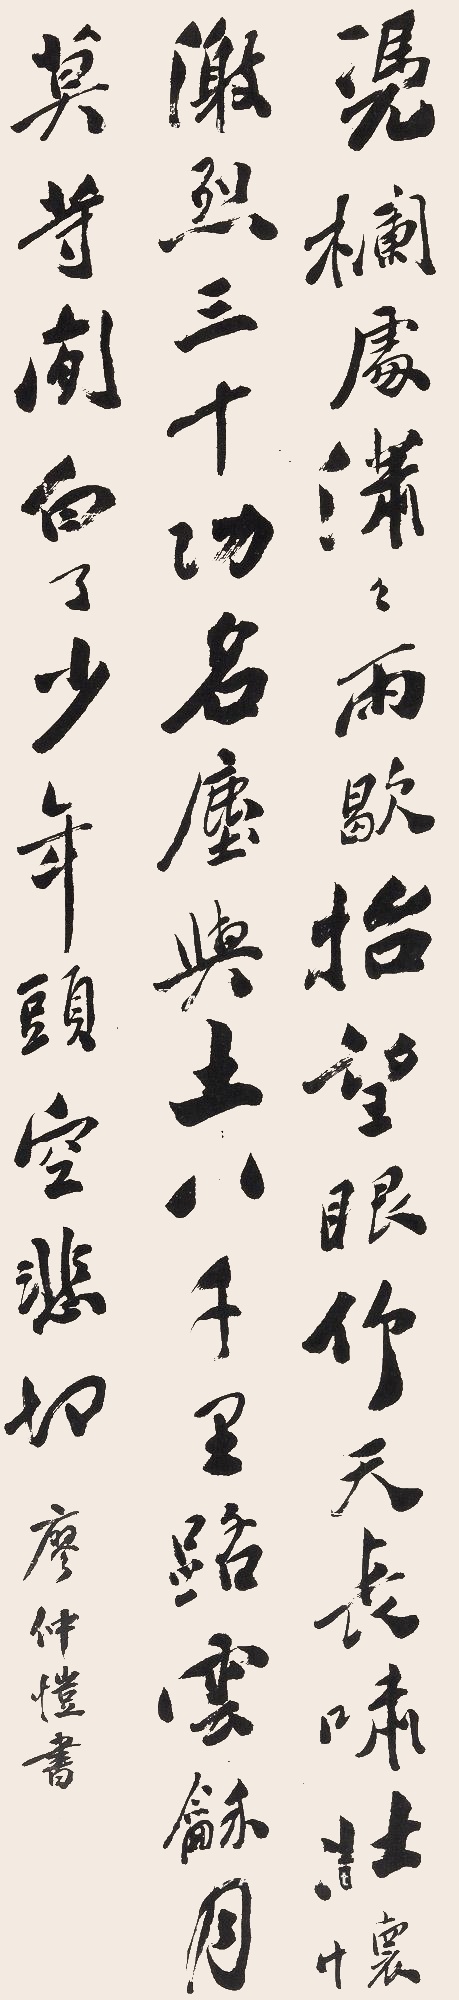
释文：凭栏处，潇潇雨歇。抬望眼，仰天长啸，壮怀激烈。三十功名尘与土，八千里路云和月。莫等闲，白了少年头，空悲切。廖仲恺印